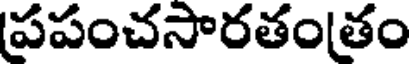
పపంచసారతంతం